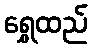
ရွှေထည်